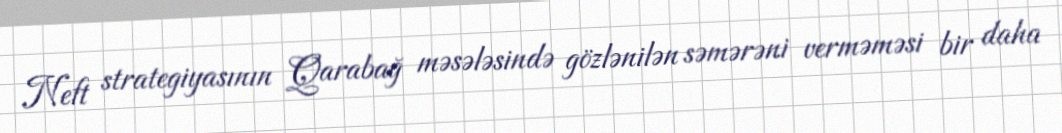
Neft strategiyasının Qarabağ məsələsində gözlənilən səmərəni verməməsi bir daha